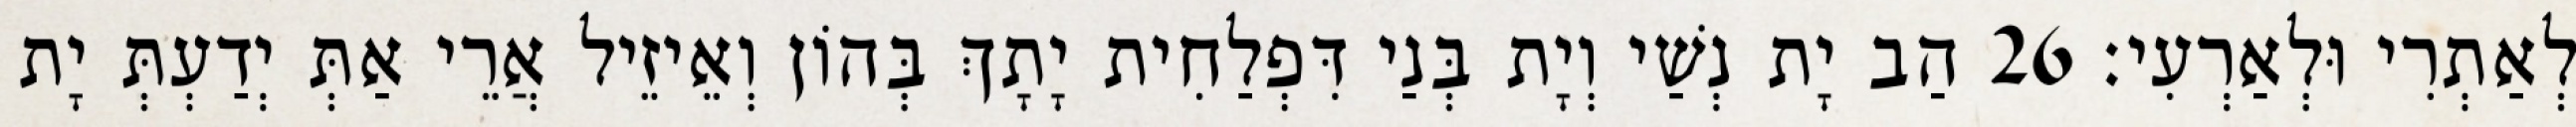
לְאַתְרִי וּלְאַרְעִי׃ 26 הַב יָת נְשַׁי וְיָת בְּנַי דִּפְלַחִית יָתָךְ בְּהוֹן וְאֵיזֵיל אֲרֵי אַתְּ יְדַעְתְּ יָת